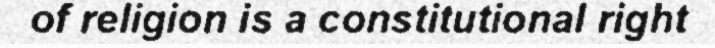
of religion is a constitutional right